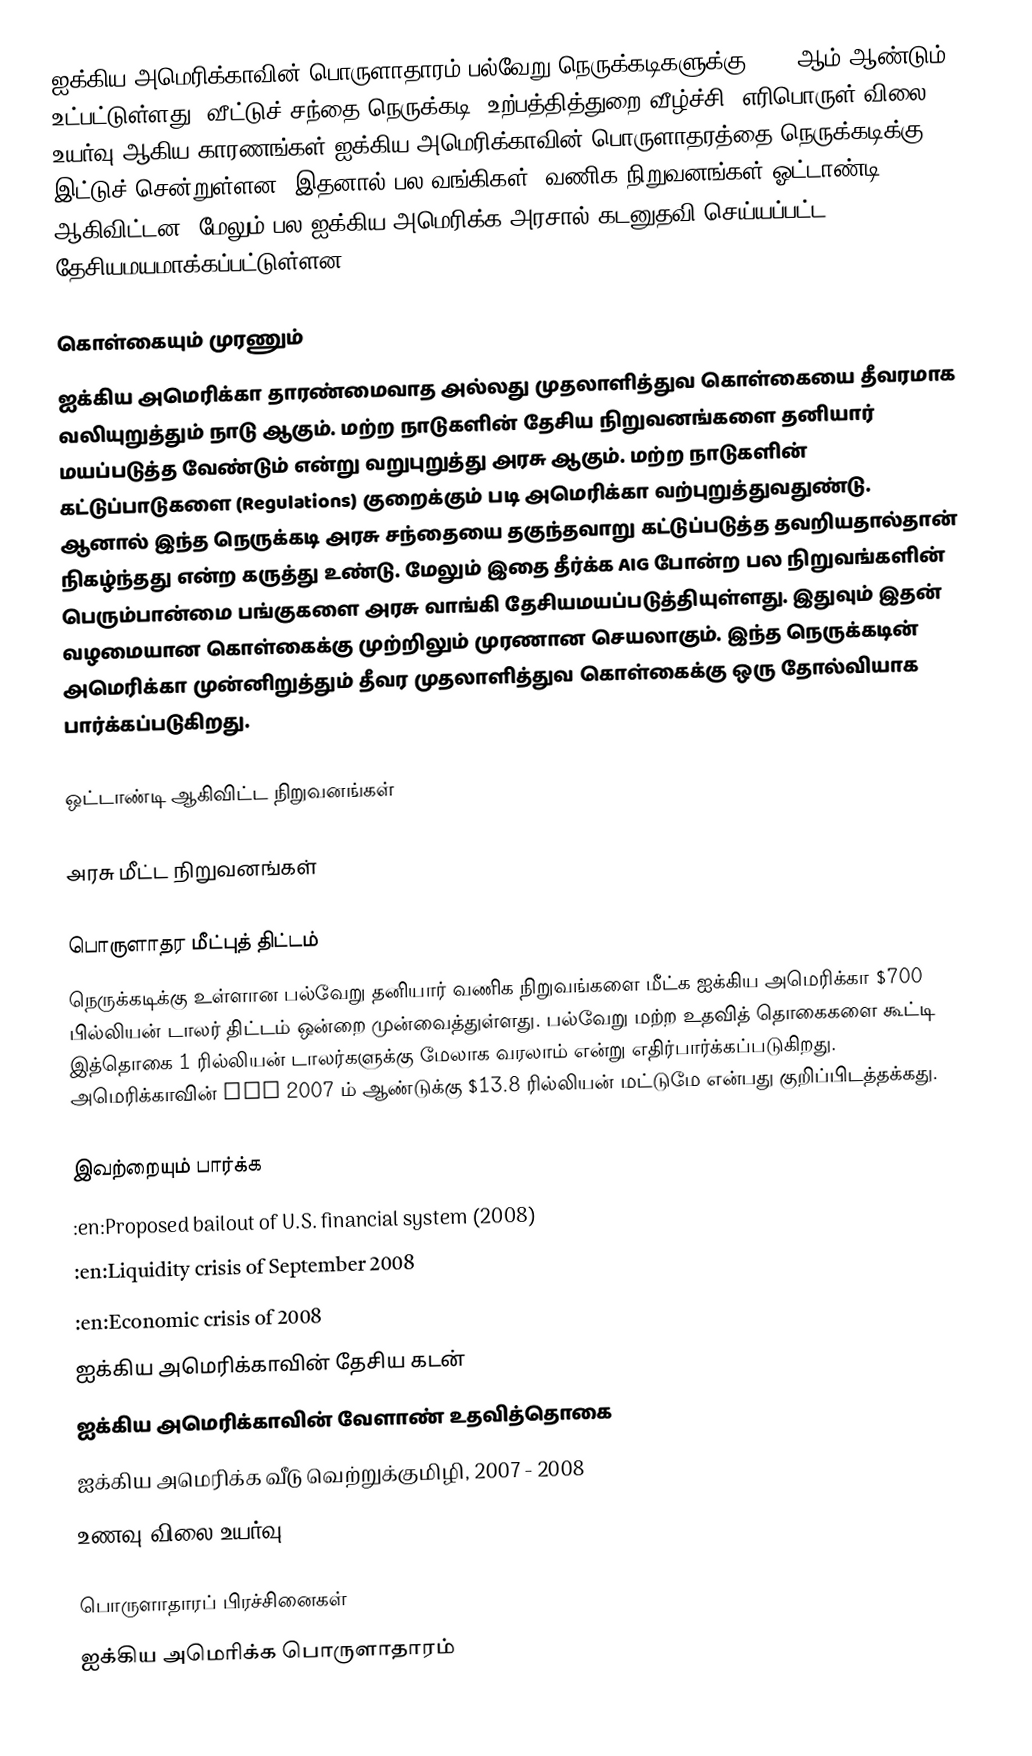
ஐக்கிய அமெரிக்காவின் பொருளாதாரம் பல்வேறு நெருக்கடிகளுக்கு 2008 ஆம் ஆண்டும் உட்பட்டுள்ளது.  வீட்டுச் சந்தை நெருக்கடி, உற்பத்தித்துறை வீழ்ச்சி, எரிபொருள் விலை உயர்வு ஆகிய காரணங்கள் ஐக்கிய அமெரிக்காவின் பொருளாதரத்தை நெருக்கடிக்கு இட்டுச் சென்றுள்ளன.  இதனால் பல வங்கிகள், வணிக நிறுவனங்கள் ஓட்டாண்டி ஆகிவிட்டன.  மேலும் பல ஐக்கிய அமெரிக்க அரசால் கடனுதவி செய்யப்பட்ட தேசியமயமாக்கப்பட்டுள்ளன.

கொள்கையும் முரணும்
ஐக்கிய அமெரிக்கா தாரண்மைவாத அல்லது முதலாளித்துவ கொள்கையை தீவரமாக வலியுறுத்தும் நாடு ஆகும்.  மற்ற நாடுகளின் தேசிய நிறுவனங்களை தனியார் மயப்படுத்த வேண்டும் என்று வறுபுறுத்து அரசு ஆகும்.  மற்ற நாடுகளின் கட்டுப்பாடுகளை (Regulations) குறைக்கும் படி அமெரிக்கா வற்புறுத்துவதுண்டு.  ஆனால் இந்த நெருக்கடி அரசு சந்தையை தகுந்தவாறு கட்டுப்படுத்த தவறியதால்தான் நிகழ்ந்தது என்ற கருத்து உண்டு.  மேலும் இதை தீர்க்க AIG போன்ற பல நிறுவங்களின் பெரும்பான்மை பங்குகளை அரசு வாங்கி தேசியமயப்படுத்தியுள்ளது.  இதுவும் இதன் வழமையான கொள்கைக்கு முற்றிலும் முரணான செயலாகும்.  இந்த நெருக்கடின் அமெரிக்கா முன்னிறுத்தும் தீவர முதலாளித்துவ கொள்கைக்கு ஒரு தோல்வியாக பார்க்கப்படுகிறது.

ஒட்டாண்டி  ஆகிவிட்ட நிறுவனங்கள்

அரசு மீட்ட நிறுவனங்கள்

பொருளாதர மீட்புத் திட்டம்
நெருக்கடிக்கு உள்ளான பல்வேறு தனியார் வணிக நிறுவங்களை மீட்க ஐக்கிய அமெரிக்கா $700 பில்லியன் டாலர் திட்டம் ஒன்றை முன்வைத்துள்ளது.  பல்வேறு மற்ற உதவித் தொகைகளை கூட்டி இத்தொகை 1 ரில்லியன் டாலர்களுக்கு மேலாக வரலாம் என்று எதிர்பார்க்கப்படுகிறது.  அமெரிக்காவின் GDP 2007 ம் ஆண்டுக்கு $13.8 ரில்லியன் மட்டுமே என்பது குறிப்பிடத்தக்கது.

இவற்றையும் பார்க்க
 :en:Proposed bailout of U.S. financial system (2008)
 :en:Liquidity crisis of September 2008
 :en:Economic crisis of 2008
 ஐக்கிய அமெரிக்காவின் தேசிய கடன்
 ஐக்கிய அமெரிக்காவின் வேளாண் உதவித்தொகை
 ஐக்கிய அமெரிக்க வீடு வெற்றுக்குமிழி, 2007 - 2008
 உணவு விலை உயர்வு, 2007 - 2008

பொருளாதாரப் பிரச்சினைகள்
ஐக்கிய அமெரிக்க பொருளாதாரம்